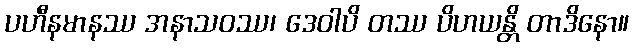
ပဟီနမာနဿ အနာသဝဿ၊ ဒေဝါပိ တဿ ပိဟယန္တိ တာဒိနော။